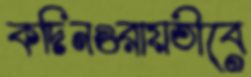
কদিনওরায়তীবে